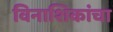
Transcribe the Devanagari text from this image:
विनाशिकांचा